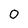
Character: O